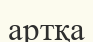
артқа